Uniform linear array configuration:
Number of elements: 4
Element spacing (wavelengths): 0.25
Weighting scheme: uniform
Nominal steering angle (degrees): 45
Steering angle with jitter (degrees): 45.379
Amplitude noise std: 0.05
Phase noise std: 0.05

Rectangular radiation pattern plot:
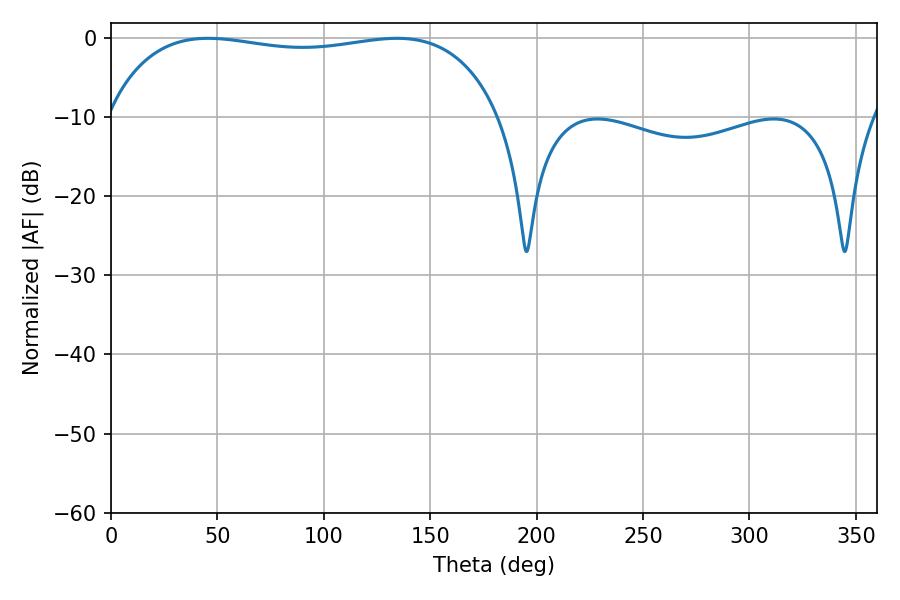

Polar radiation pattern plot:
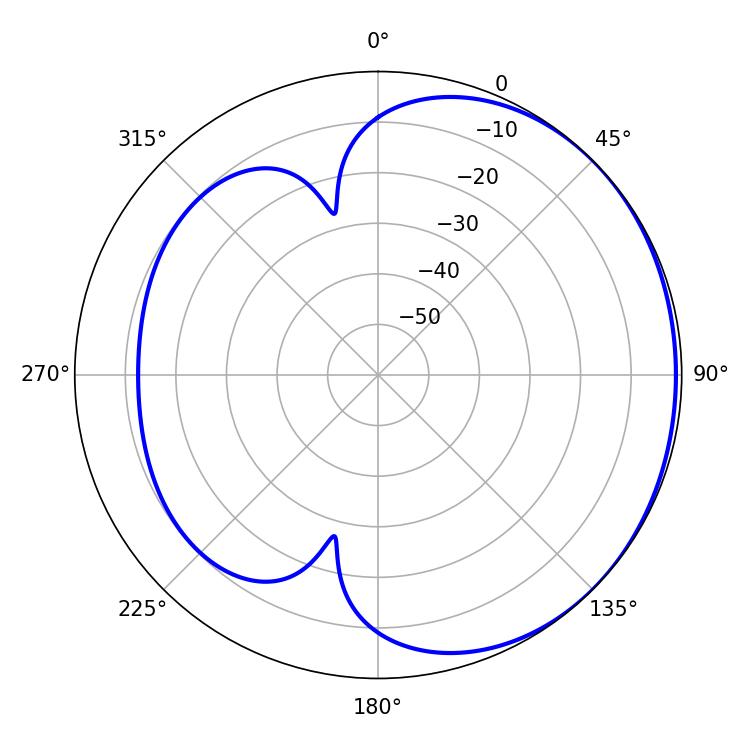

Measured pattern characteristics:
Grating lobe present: FALSE
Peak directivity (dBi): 1.069
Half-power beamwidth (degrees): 149.04
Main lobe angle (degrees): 45.54